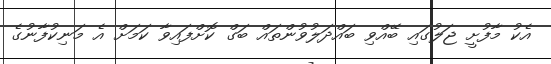
އެކު މާފުށީ ޖަލުގައި ބޭއްވި ބައްދަލުވުންތައް ބަގް ކޮށްފައިވާ ކަމަށް އެ މަނިކުފާނުގެ